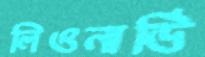
লিওনার্ডি